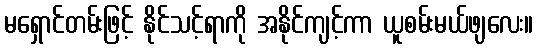
မရှောင်တမ်းဖြင့် နိုင်သင့်ရာကို အနိုင်ကျင့်ကာ ယူစမ်းမယ်ဖျလေး။